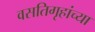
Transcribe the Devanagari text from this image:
वसतिगृहांच्या